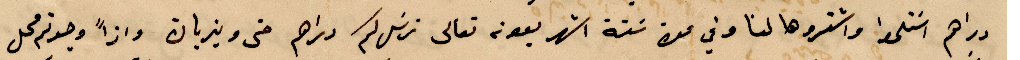
دراهم استلموا واشتروها لنا وفي عن ستة اشهر بعونه تعالى نرسل لكم دراهم متى %% واذًا وجدتم محل